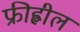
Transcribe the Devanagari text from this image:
फ्रीह्वील